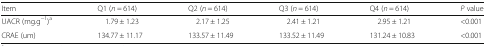
| Item | Q1 (n = 614) | Q2 (n = 614) | Q3 (n = 614) | Q4 (n = 614) | P value |
 | --- | --- | --- | --- | --- | --- |
 | UACR (mg.g−1)a | 1.79 ± 1.23 | 2.17 ± 1.25 | 2.41 ± 1.21 | 2.95 ± 1.21 | <0.001 |
 | CRAE (um) | 134.77 ± 11.17 | 133.57 ± 11.49 | 133.52 ± 11.49 | 131.24 ± 10.83 | <0.001 |